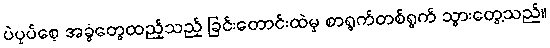
ပဲပုပ်စေ့ အခွံတွေထည့်သည့် ခြင်းတောင်းထဲမှ စာရွက်တစ်ရွက် သွားတွေ့သည်။